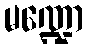
မဏ္ဍော